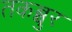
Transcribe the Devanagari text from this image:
तकब्बुर